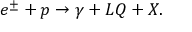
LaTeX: e ^ { \pm } + p \rightarrow \gamma + L Q + X .